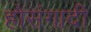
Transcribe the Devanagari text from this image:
होसंगादी